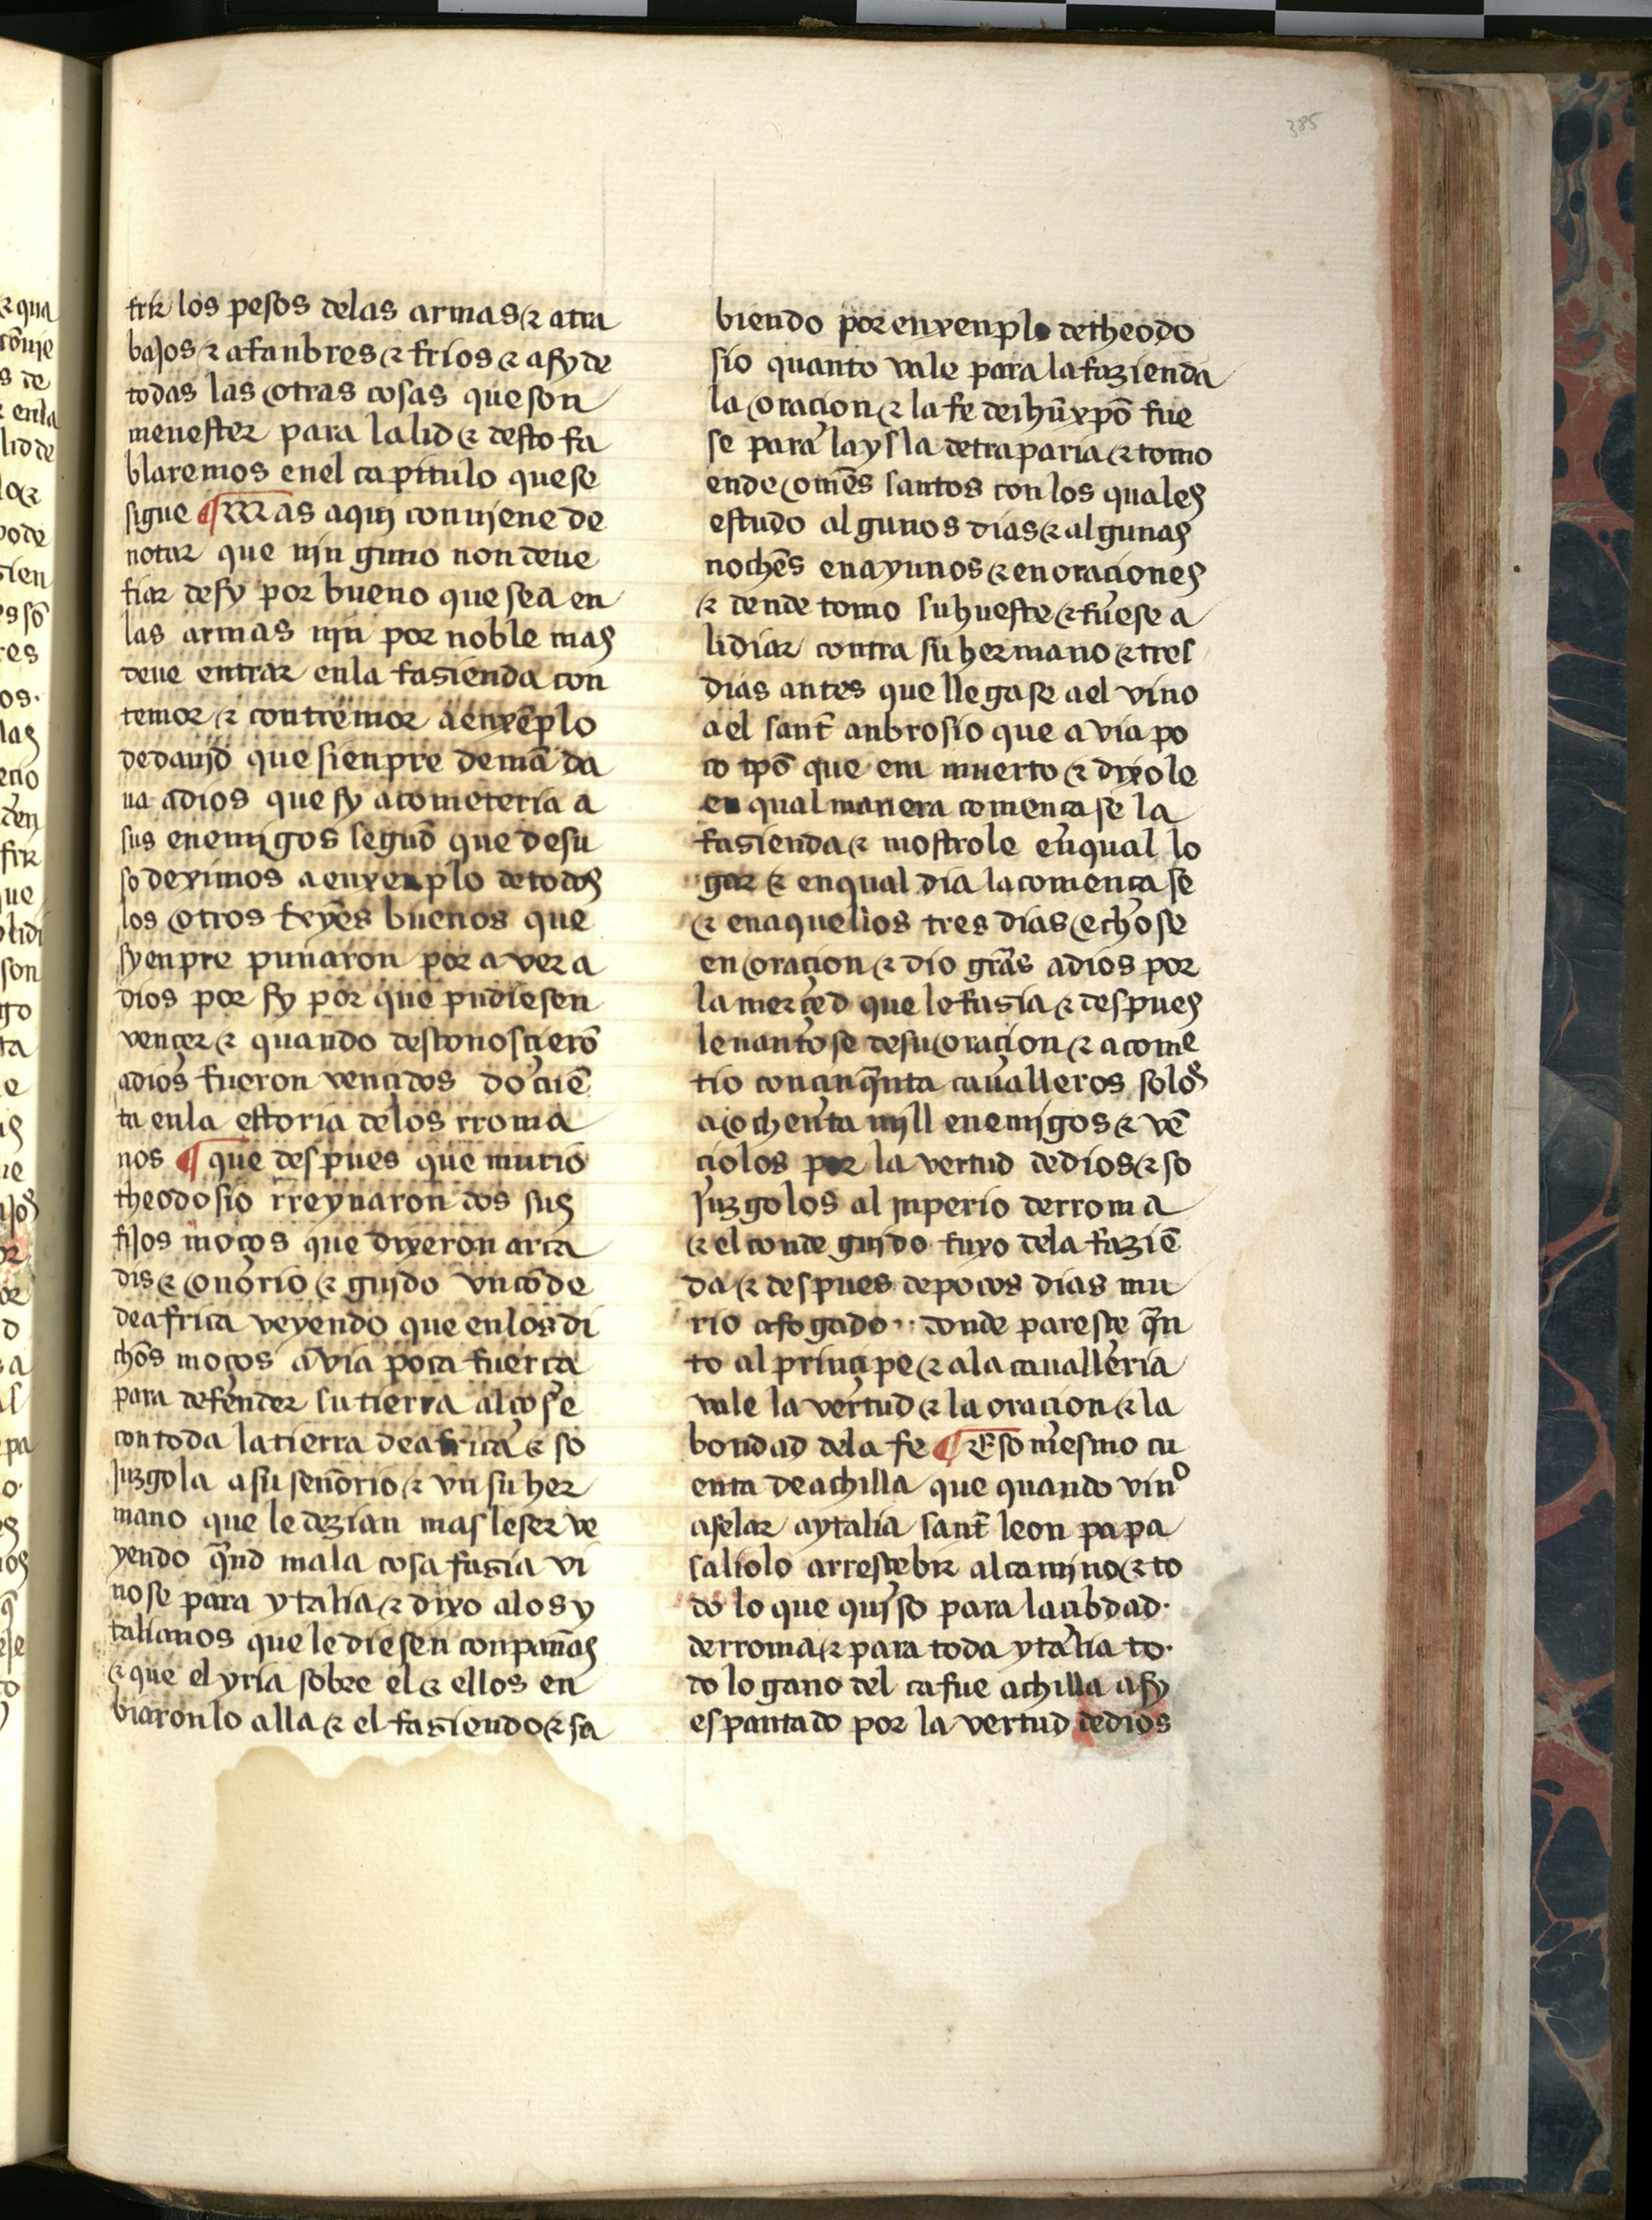
Shelfmark: Salamanca, Biblioteca Histórica USAL, 2709
Century: 15